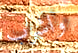
واشرب